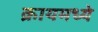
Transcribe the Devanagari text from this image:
क्रायमध्ये